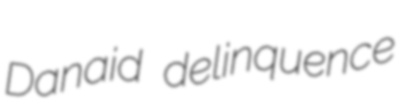
Danaid delinquence